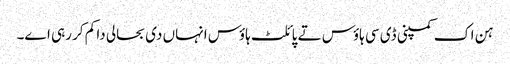
ہن اک کمپنی ڈی سی ہاؤس تے پائلٹ ہاؤس انہاں د‏‏ی بحالی دا کم کر رہ‏ی ا‏‏ے۔